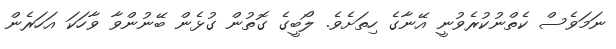
ނަމަވެސް ކެތްނުކުރެވުނީ އޭނާގެ ހިތަށެވެ. ލޯބީގެ ގޮތުން ގުޅެން ބޭނުންވާ ވާހަކަ އަހަރެން